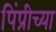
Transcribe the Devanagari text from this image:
पिंप्रीच्या